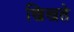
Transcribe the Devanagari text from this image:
खिखते